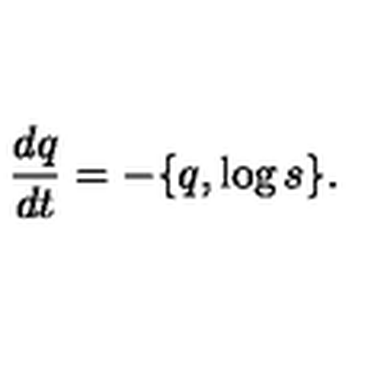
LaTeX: \frac { d q } { d t } = - \{ q , \log { s } \} .